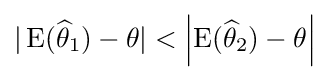
|\operatorname {E} ({\widehat {\theta }}_{1})-\theta |<\left|\operatorname {E} ({\widehat {\theta }}_{2})-\theta \right|